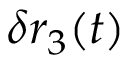
\delta r _ { 3 } ( t )